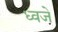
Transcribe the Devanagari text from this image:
ध्वजे